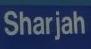
sharjah